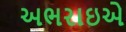
અભરાઇએ